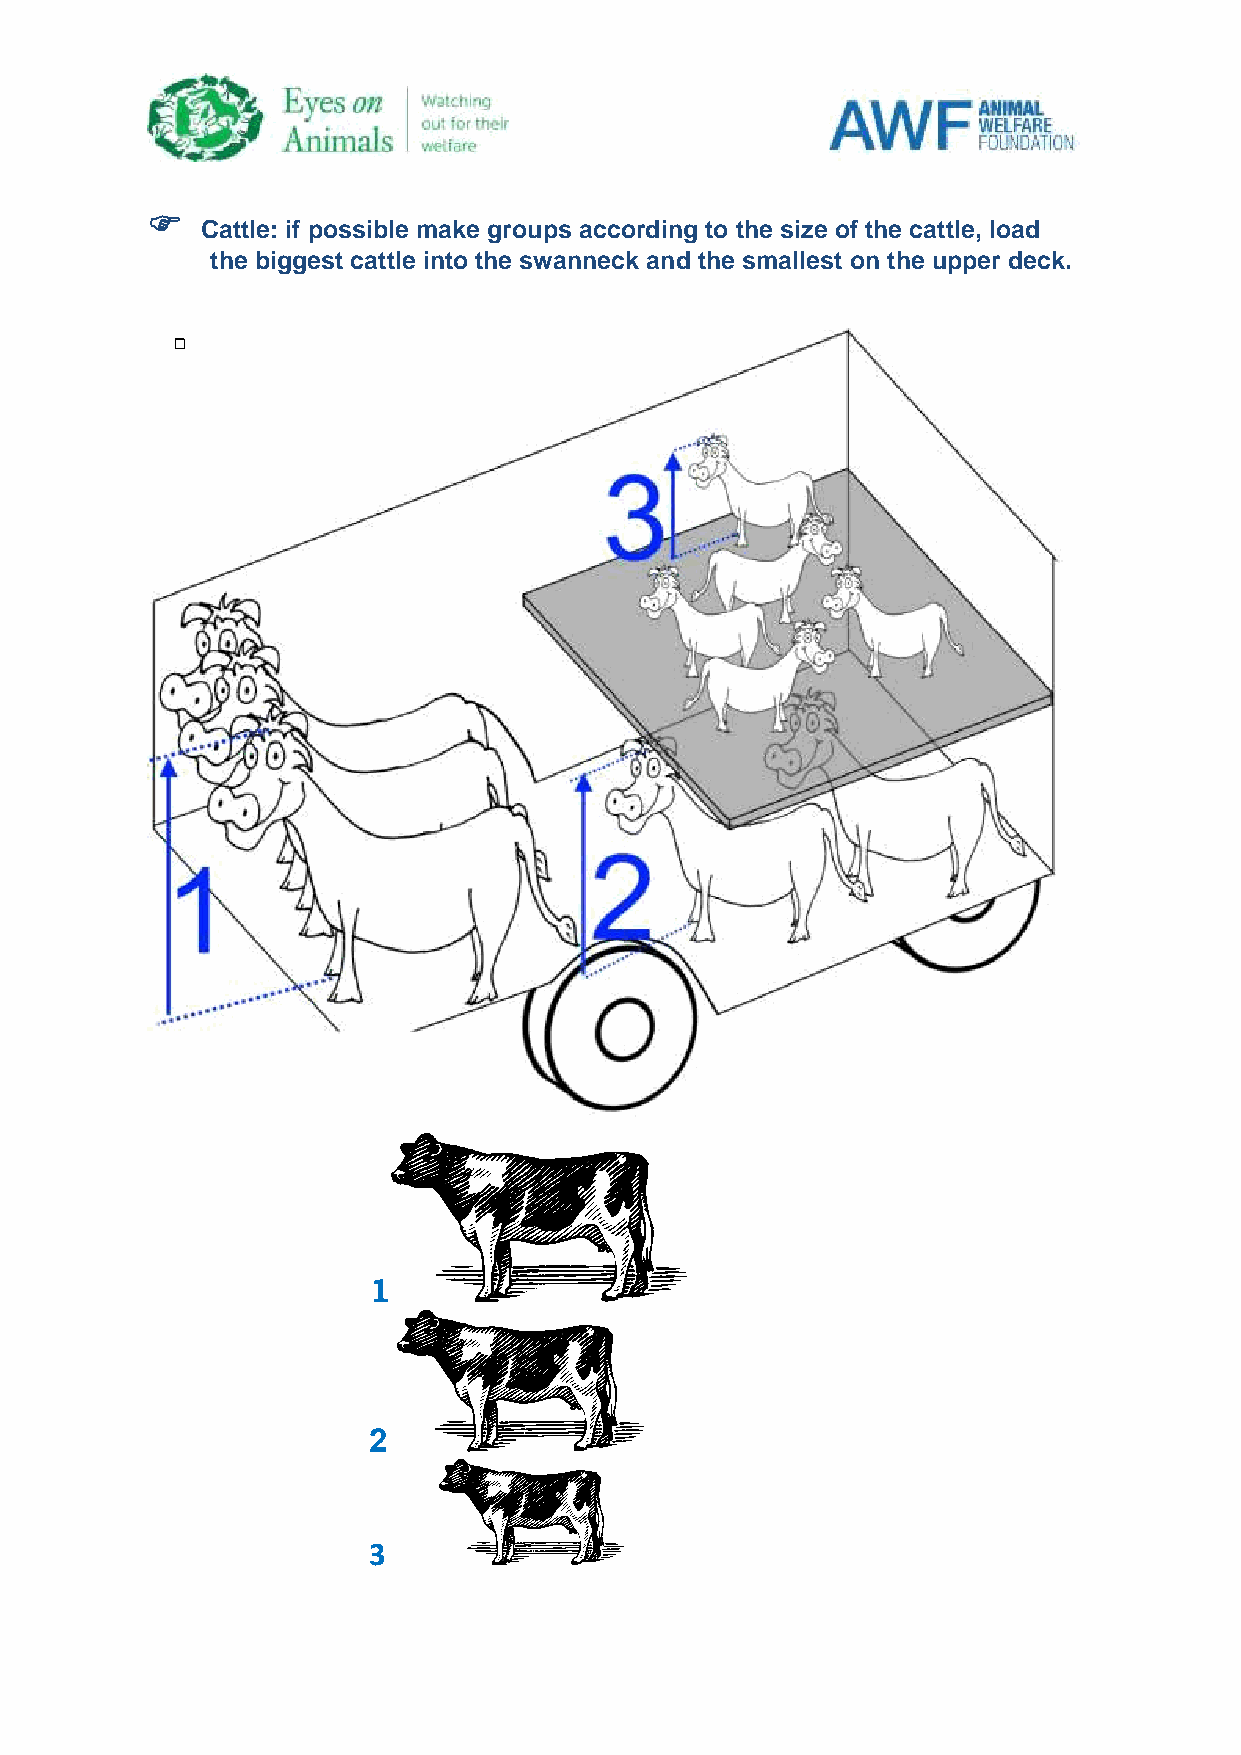

 Cattle: if possible make groups according to the size of the cattle, load
 the biggest cattle into the swanneck and the smallest on the upper deck.
 1
 2
 3